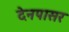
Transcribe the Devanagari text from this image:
देनपासर